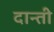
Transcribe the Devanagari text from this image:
दान्ती